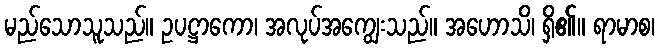
မည်သောသူသည်။ ဥပဋ္ဌာကော၊ အလုပ်အကျွေးသည်။ အဟောသိ၊ ရှိ၏။ ရာမာစ၊